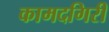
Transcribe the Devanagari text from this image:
कामदगिरी